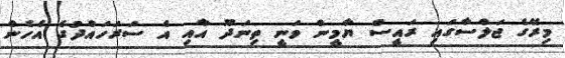
މިރޭގެ ޖަލްސާގައި ރައީސް ޔާމީން ވަނީ ތިނަދޫ އާއި އެ ސަރަހައްދުގެ އެހެން